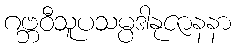
ဂဗ္ဘဝီသူပသမ္ပဒါနုဇာနနာ